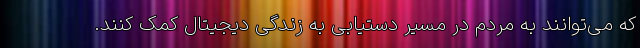
که می‌توانند به مردم در مسیر دستیابی به زندگی دیجیتال کمک ‌کنند.